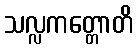
သလ္လကတ္တောတိ